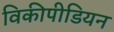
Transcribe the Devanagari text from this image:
विकीपीडियन